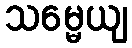
သမ္မေယျ